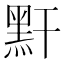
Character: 䵟